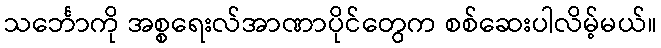
သင်္ဘောကို အစ္စရေးလ်အာဏာပိုင်တွေက စစ်ဆေးပါလိမ့်မယ်။